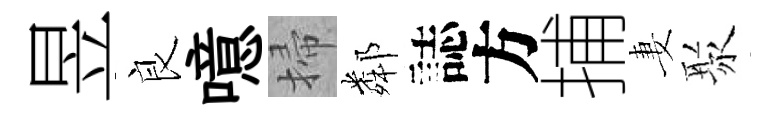
昱良噫掃鄰誌方捕妻聚